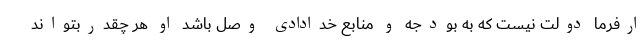
ارفرما دولت نیست که به بودجه و منابع خدادادی وصل باشد او هر چقدربتواند